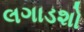
લગાડશો